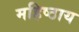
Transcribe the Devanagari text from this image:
महिष्ठाय